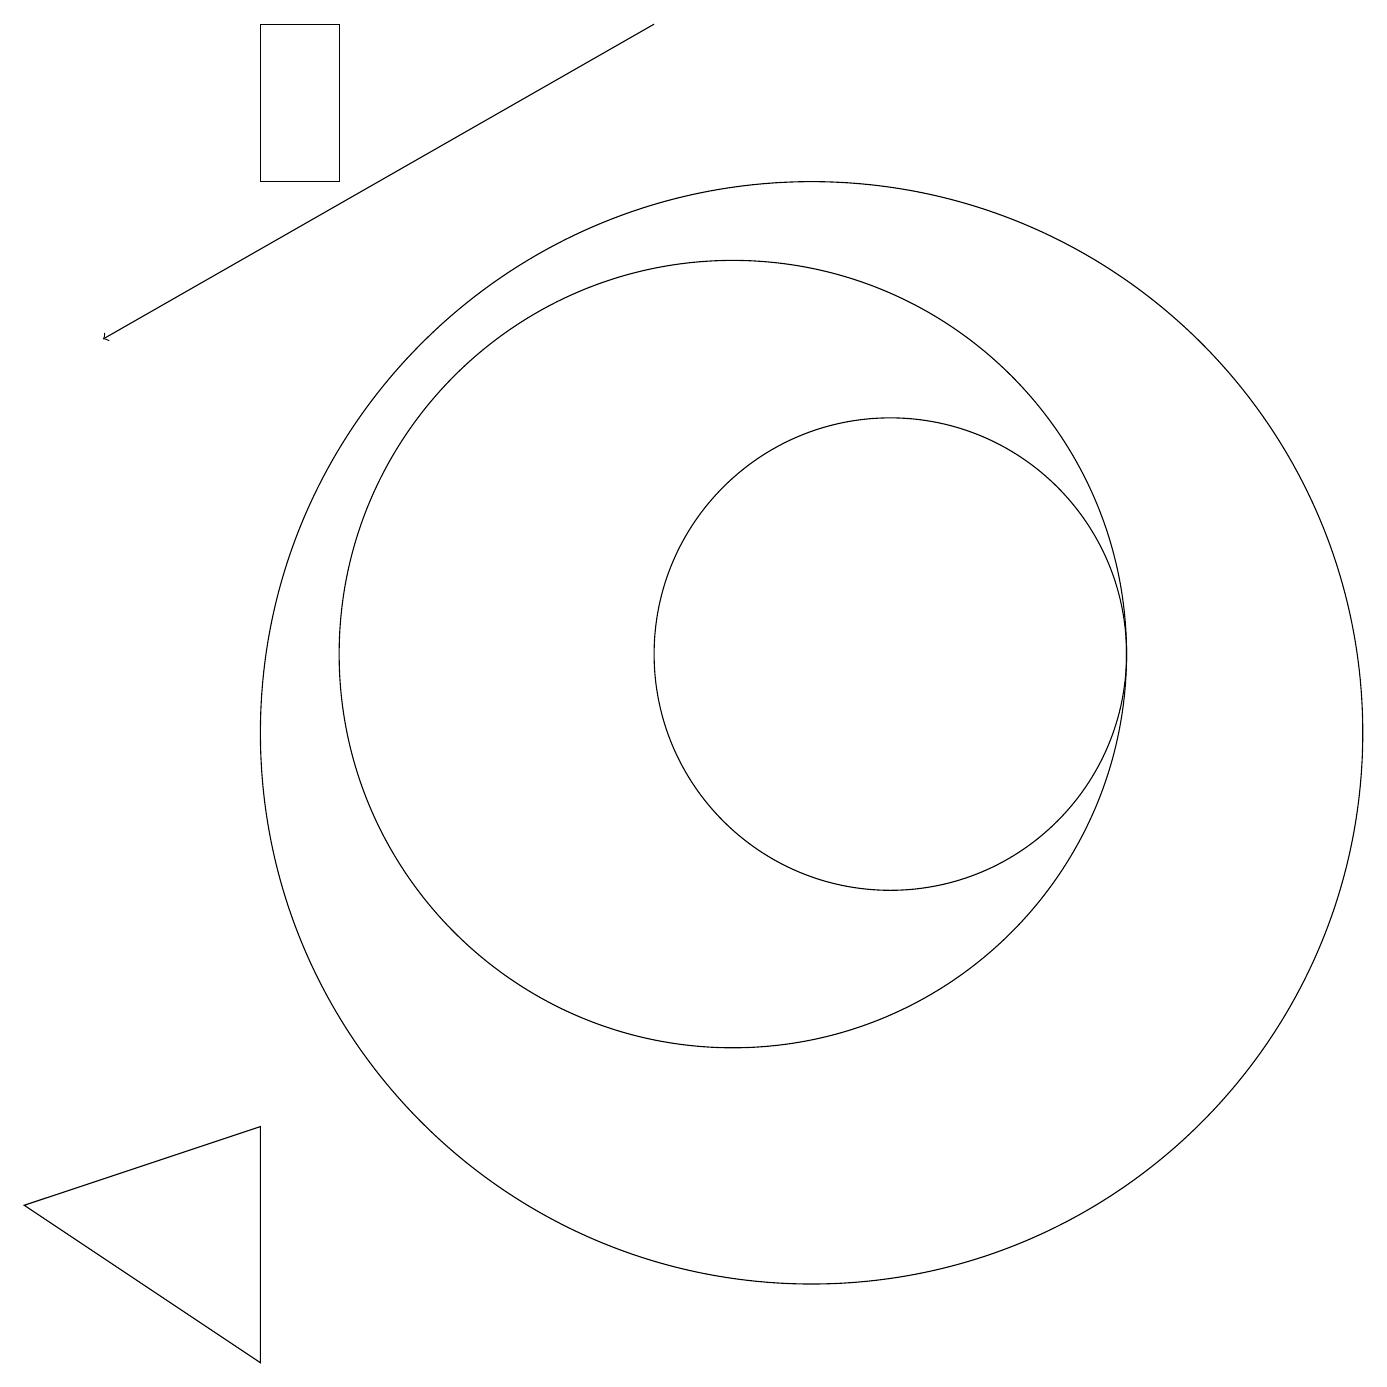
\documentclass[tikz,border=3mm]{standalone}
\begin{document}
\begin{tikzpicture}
\draw (10,11) circle (5);
\draw (12,11) circle (0);
\draw[->] (9,19) -- (2,15);
\draw (11,10) circle (7);
\draw (4,2) -- (4,5) -- (1,4) -- cycle;
\draw (12,11) circle (3);
\draw (5,19) rectangle (4,17);
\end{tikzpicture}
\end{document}